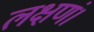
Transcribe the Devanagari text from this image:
लक्षणं।